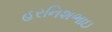
હરનિશભાઇ